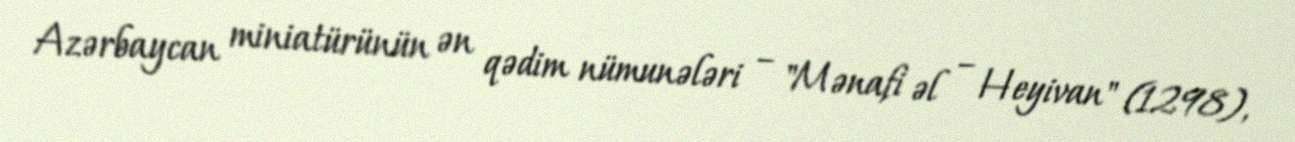
Azərbaycan miniatürünün ən qədim nümunələri – "Mənafi əl – Heyivan" (1298),